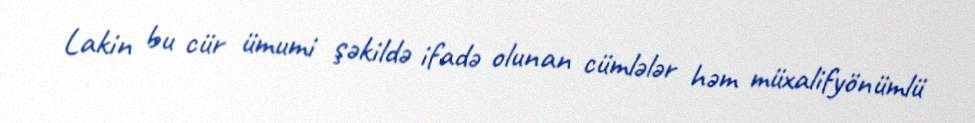
Lakin bu cür ümumi şəkildə ifadə olunan cümlələr həm müxalifyönümlü